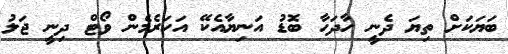
ބަޔަކަށް ތިޔަ ދެނީ ހާދަހާ ބޮޑު އަނިޔާއެކޭ އަހަރެމެން ވޯޓް ދިނީ ޖަލު